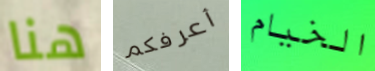
هنا أعرفكم الخيام